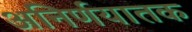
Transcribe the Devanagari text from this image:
अनिर्णयातक